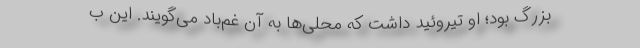
بزرگ بود؛ او تیروئید داشت که محلی‌ها به آن غم‌باد می‌گویند. این ب